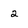
Character: 2